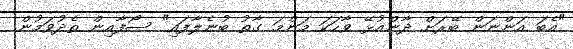
"އެބަ އަންނަން ބޭރަށް ދާންއުޅޭ ވާހަކަ މަންމަ ގާތު ބުނެލާފައި" ސޯފާއިން ތެދުވަމުން